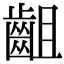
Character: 齟